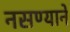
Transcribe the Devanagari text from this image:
नसण्याने